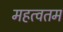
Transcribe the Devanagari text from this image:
महत्वतम